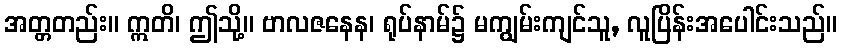
အတ္တတည်း။ ဣတိ၊ ဤသို့။ ဗာလဇနေန၊ ရုပ်နာမ်၌ မကျွမ်းကျင်သူ, လူပြိန်းအပေါင်းသည်။